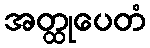
အတ္ထုပေတံ